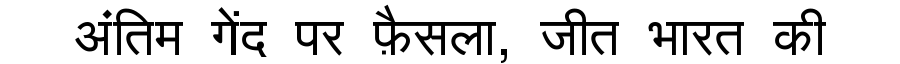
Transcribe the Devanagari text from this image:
अंतिम गेंद पर फ़ैसला, जीत भारत की